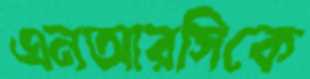
এনআরসিকে